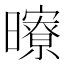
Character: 曢